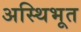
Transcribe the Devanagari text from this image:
अस्थिभूत